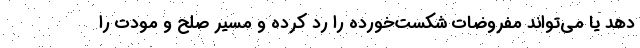
دهد یا می‌تواند مفروضات شکست‌خورده را رد کرده و مسیر صلح و مودت را